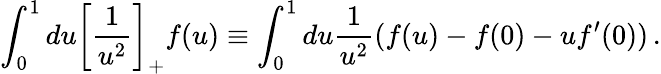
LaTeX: \int_{0}^{1}du\left[\frac{1}{u^{2}}\right]_{+}f(u)\equiv\int_{0}^{1}du\frac{1}{u^{2}}(f(u)-f(0)-uf^{\prime}(0))\, .